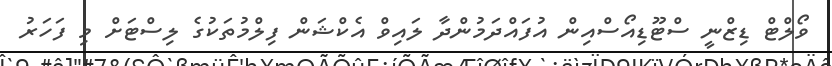
ވޯލްޓް ޑިޒްނީ ސްޓޫޑިއޯސްއިން އުފައްދަމުންދާ ލައިވް އެެކްޝަން ފިލްމުތަކުގެ ލިސްޓަށް މި ފަހަރު